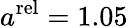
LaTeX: a^{\mathrm{rel}}=1.05